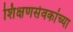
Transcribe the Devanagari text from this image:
शिक्षणसेवकांच्या